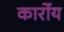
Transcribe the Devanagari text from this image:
कार्रोय